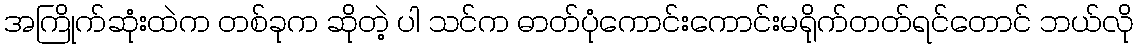
အကြိုက်ဆုံးထဲက တစ်ခုက ဆိုတဲ့ ပါ သင်က ဓာတ်ပုံကောင်းကောင်းမရိုက်တတ်ရင်တောင် ဘယ်လို